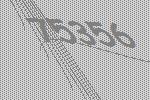
75356